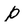
Character: p